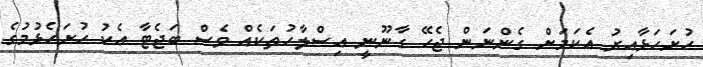
ހުށަހަޅާއިރު އެކަމަށް ގެންނަން ޖެހޭ ގާނޫނީ އިސްލާހުތަކެއް ވެސް ބަޖެޓާ އެކު ހުށަހެޅުމުގެ